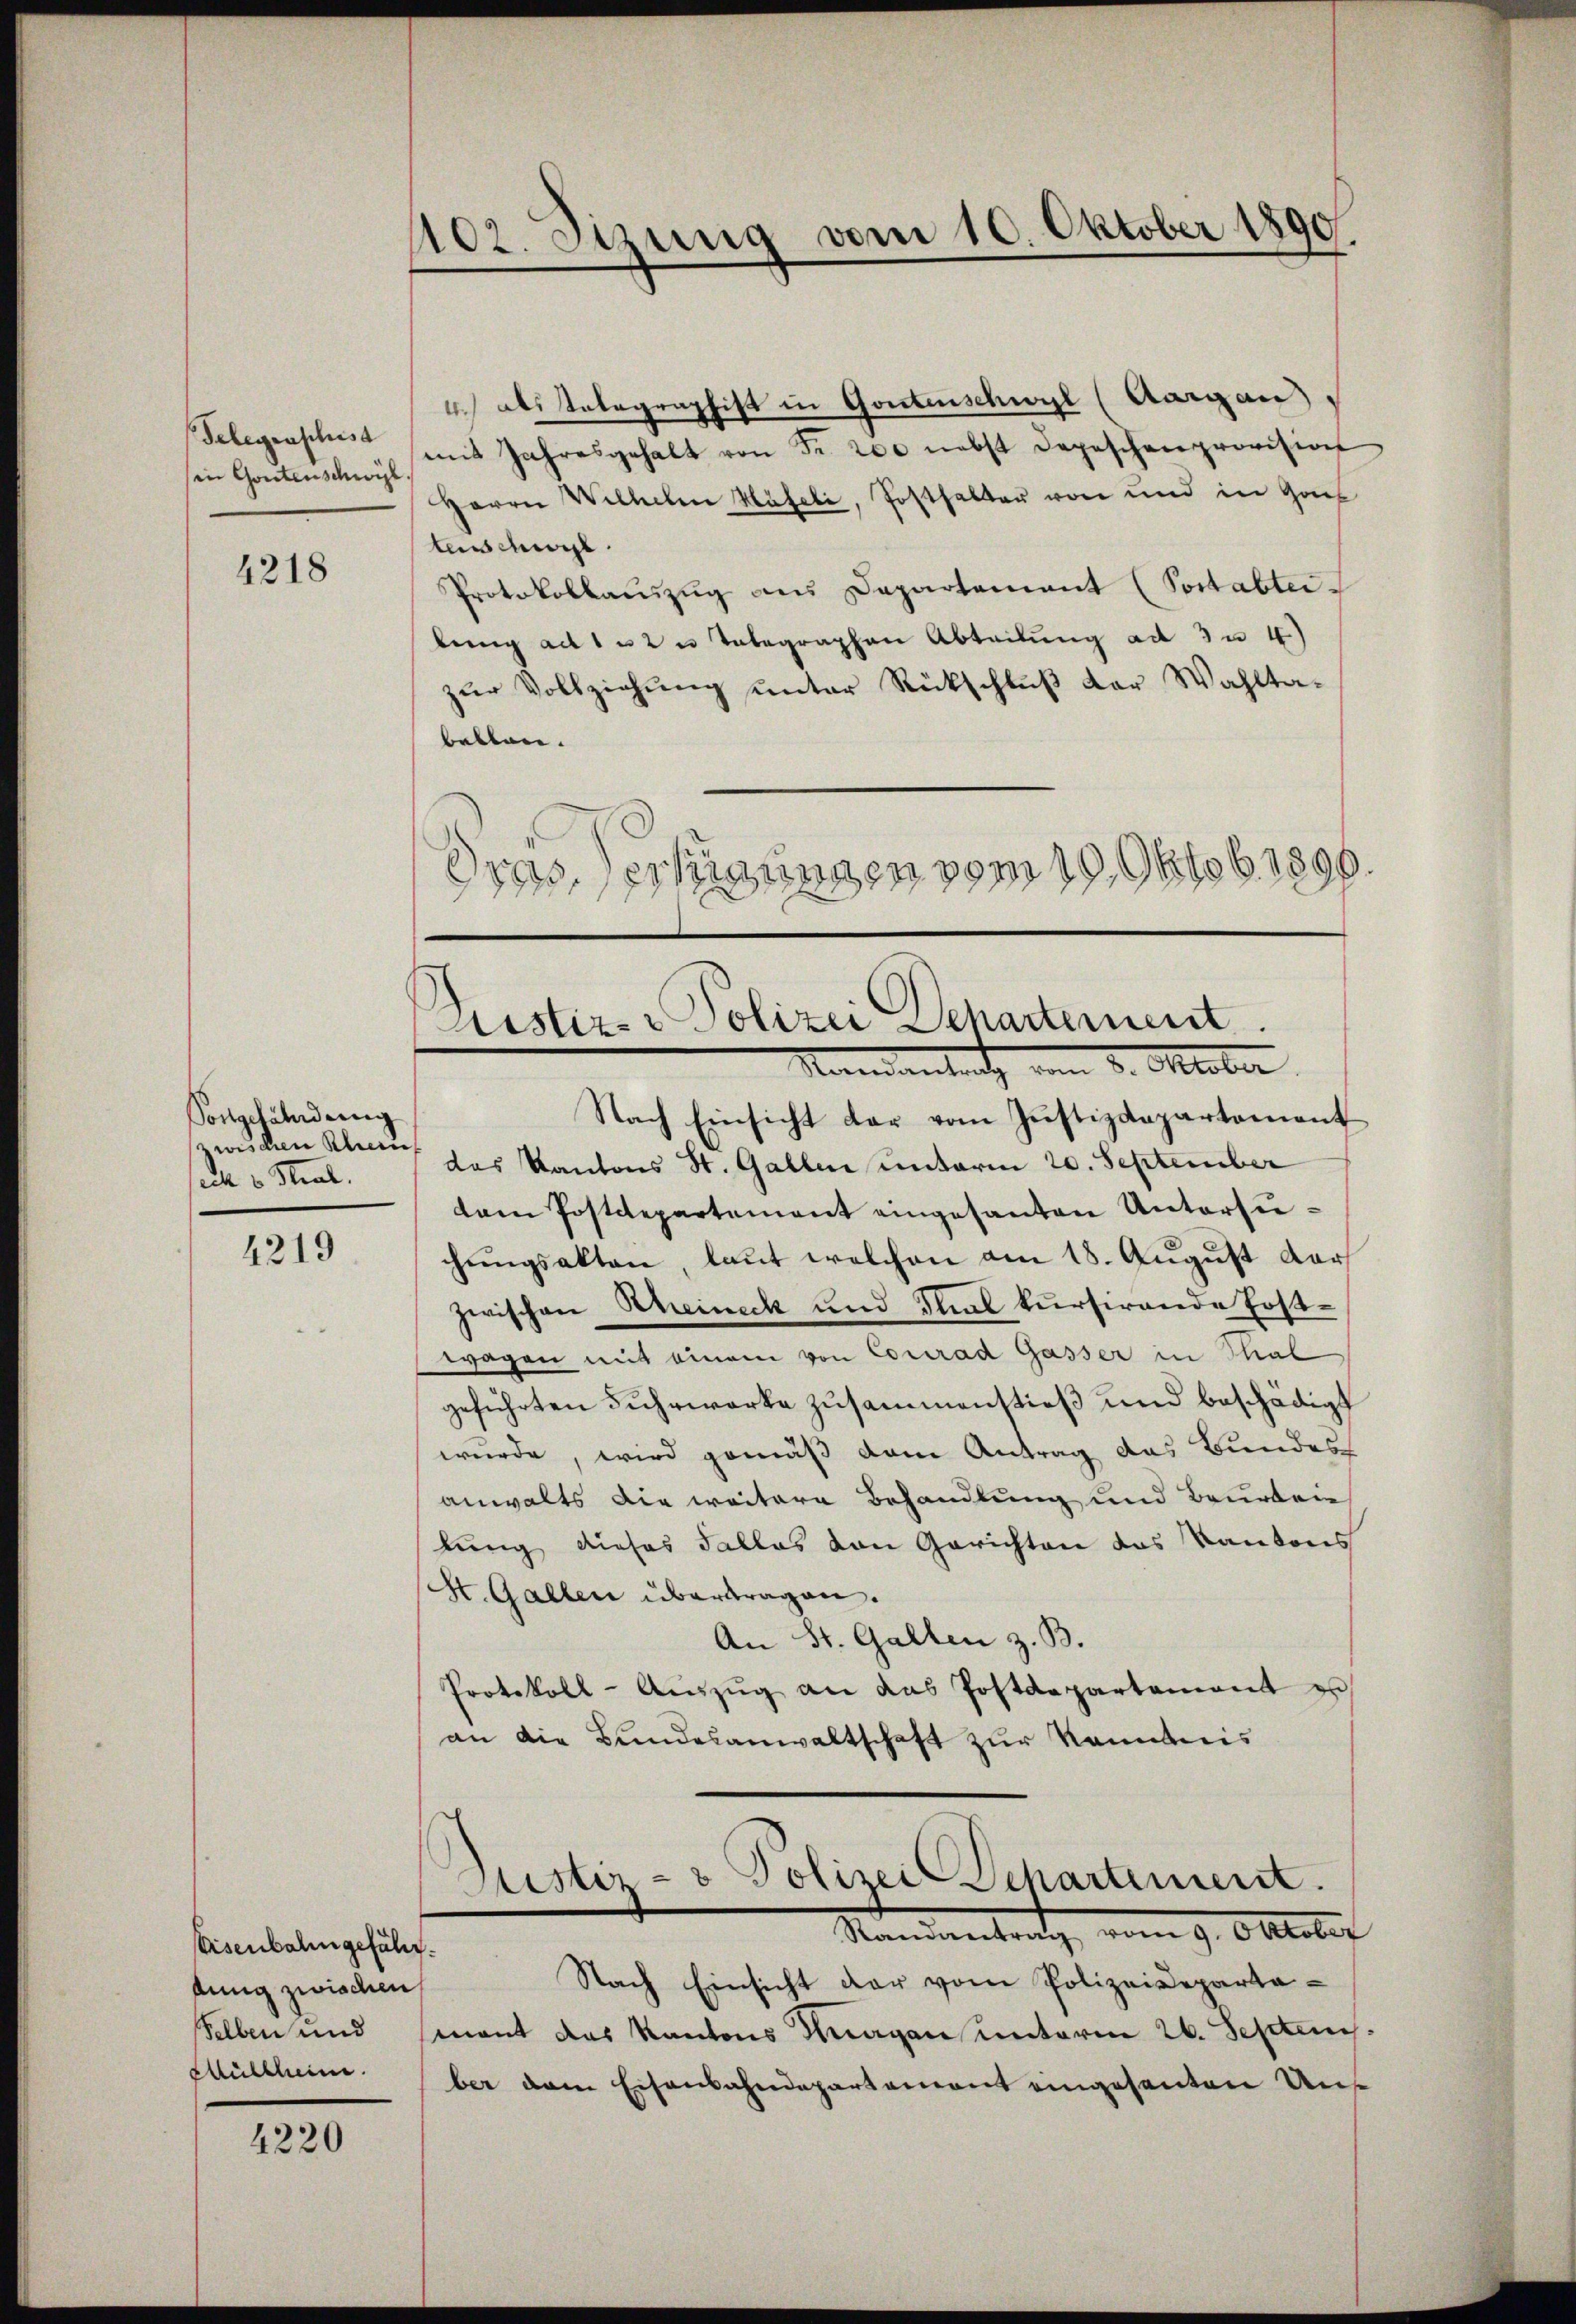
Gelegenschisa
in Gontenschwil

4218

Songefährdung
zwischen Rhein
eih v Stral.

4219

Eisenbahngeführ
dung zwischen,
selben und
Müllheim.

4220

402. Sizung vom 10. Oktober 1890.

4 als Telegraphist in Gontenschwyl (Aargau),
mit Jahresgehalt von Fr. 200 nebst Depeschenprovision
Herrn Willelen Häfeli, Posthalter von und in Ganz
tenschul
Protokollauszug aus Departement (Postabter
bung ad 1 u 2 u Telegraphen Abteilung ad 3 u 4)
zur Vollziehung unter Rückschluß der Wahltabetten.
drassertigungen vom 19. Oktob. 1890.

Nach Einsicht dar vom Justizdepartement
das Kantons St. Gallen unterm 20. September
tam Postdepartement eingesanten Untersuchŭngsakten, laut welchen am 18. August dar
zwischen Rheineck und Flut kursirende Erstwagen mit einem von Conrad Gasser in Thal
geführten Fuhrwerke zusammenstieß und beschädigt
wurde, wird gemäß dem Antrag das Bundes
anwalts die weitere Behandlung und Beurten
lung dieses Falles von Gerichten das Kantons
St. Gallen übertragen.
An St. Gallen z. B.
Protokoll-Aŭszŭg an das Postdepartement es
an die Bundesanwaltschaft zur Kenntnis
Sistiz- & Polizei Departement.
Standentrag vom 9. Oktober
.
Nach Einsicht der vom Polizeidepartamant das Kantons Wagen unterm 26. Septem
ber dem Eisenbahndepartement eingesanten Un¬

Pustiz- & Polizei Departement.
Namantrath vom 8. Oktober